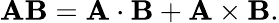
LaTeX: \mathbf{AB}=\mathbf{A}\cdot\mathbf{B}+\mathbf{A}\times\mathbf{B}.